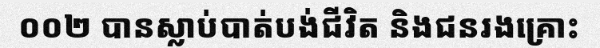
០០២ បានស្លាប់បាត់បង់ជីវិត និងជនរងគ្រោះ